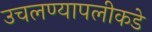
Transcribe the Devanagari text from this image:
उचलण्यापलीकडे